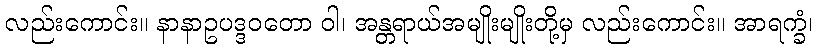
လည်းကောင်း။ နာနာဥပဒ္ဒဝတော ဝါ၊ အန္တရာယ်အမျိုးမျိုးတို့မှ လည်းကောင်း။ အာရက္ခံ၊